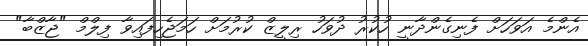
އެންމެ އަވަހަށް ފެނިގެންދާނީ ހުކުރު ދުވަހު ރިލީޒް ކުރުމަށް ހަމަޖެހިފައިވާ ފިލްމް "ޖާޒްބާ"